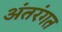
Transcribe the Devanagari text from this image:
अंतरंगत